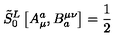
\tilde { S } _ { 0 } ^ { L } \left[ A _ { \mu } ^ { a } , B _ { a } ^ { \mu \nu } \right] = \frac { 1 } { 2 }